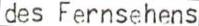
des Fernsehens